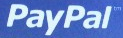
PayPal